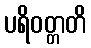
ပရိဝတ္တတိ